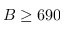
B \geq 6 9 0